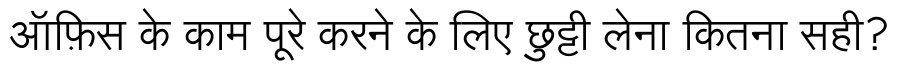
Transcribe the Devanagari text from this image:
ऑफ़िस के काम पूरे करने के लिए छुट्टी लेना कितना सही?